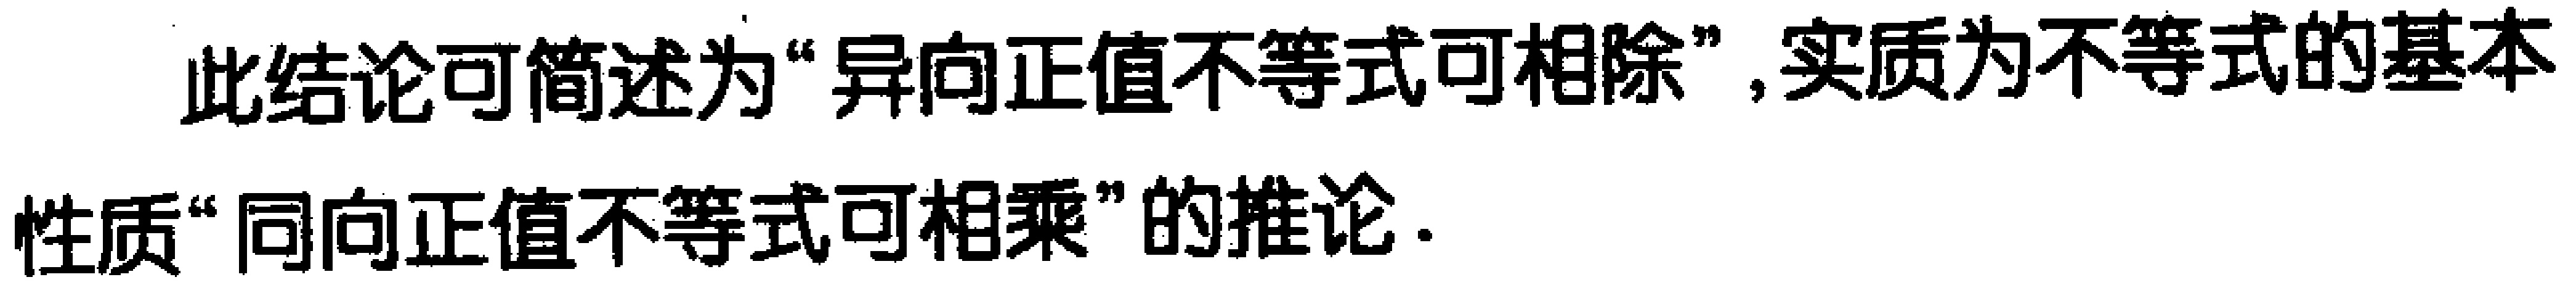
此结论可简述为“异向正值不等式可相除”, 实质为不等式的基本性质“同向正值不等式可相乘”的推论.